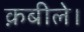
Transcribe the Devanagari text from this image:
क़बीले।